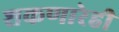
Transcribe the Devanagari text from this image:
शकणारेही